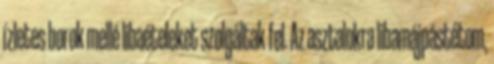
ízletes borok mellé libaételeket szolgáltak fel. Az asztalokra libamájpástétom,